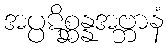
အပ္ပဋိစ္ဆန္နအဗ္ဘာနံ